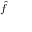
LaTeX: \scriptstyle { \hat { f } }